Vaccination report Assam 1874-1896 - 1874-1896
Year: 1874
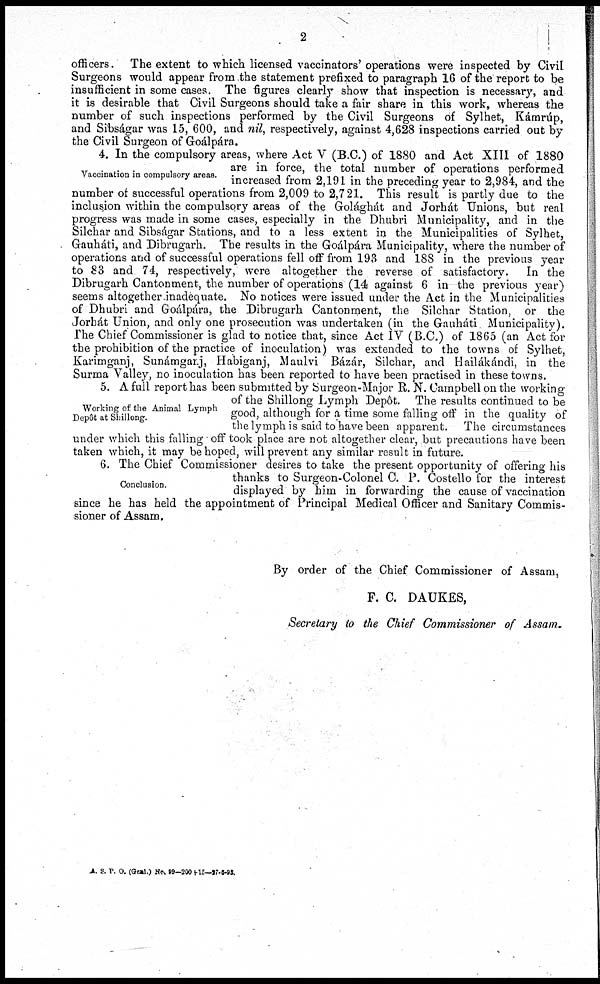
2
officers. The extent to which licensed vaccinators' operations were inspected by Civil
Surgeons would appear from the statement prefixed to paragraph 16 of the report to be
insufficient in some cases. The figures clearly show that inspection is necessary, and
it is desirable that Civil Surgeons should take a fair share in this work, whereas the
number of such inspections performed by the Civil Surgeons of Sylhet, Kámrúp,
and Sibságar was 15, 600, and nil, respectively, against 4,628 inspections carried out by
the Civil Surgeon of Goálpára.
Vaccination in compulsory areas.
4. In the compulsory areas, where Act V (B.C.) of 1880 and Act XIII of 1880
are in force, the total number of operations performed
increased from 2,191 in the preceding year to 2,984, and the
number of successful operations from 2,009 to 2,721. This result is partly due to the
inclusion within the compulsory areas of the Golághát and Jorhát Unions, but real
progress was made in some cases, especially in the Dhubri Municipality, and in the
Silchar and Sibságar Stations, and to a less extent in the Municipalities of Sylhet,
Gauháti, and Dibrugarh. The results in the Goálpára Municipality, where the number of
operations and of successful operations fell off from 193 and 188 in the previous year
to 83 and 74, respectively, were altogether the reverse of satisfactory. In the
Dibrugarh Cantonment, the number of operations (14 against 6 in the previous year)
seems altogether inadequate. No notices were issued under the Act in the Municipalities
of Dhubri and Goálpára, the Dibrugarh Cantonment, the Silchar Station, or the
Jorhát Union, and only one prosecution was undertaken (in the Gauháti Municipality).
The Chief Commissioner is glad to notice that, since Act IV (B.C.) of 1865 (an Act for
the prohibition of the practice of inoculation) was extended to the towns of Sylhet,
Karimganj, Sunámgarj, Habiganj, Maulvi Bázár, Silchar, and Hailákándi, in the
Surma Valley, no inoculation has been reported to have been practised in these towns.
Working of the Animal Lymph
Depôt at Shillong.
5. A full report has been submitted by Surgeon-Major R. N. Campbell on the working
of the Shillong Lymph Depôt. The results continued to be
good, although for a time some falling off in the quality of
the lymph is said to have been apparent. The circumstances
under which this falling off took place are not altogether clear, but precautions have been
taken which, it may be hoped, will prevent any similar result in future.
Conclusion.
6. The Chief Commissioner desires to take the present opportunity of offering his
thanks to Surgeon-Colonel C. P. Costello for the interest
displayed by him in forwarding the cause of vaccination
since he has held the appointment of Principal Medical Officer and Sanitary Commis-
sioner of Assam.
By order of the Chief Commissioner of Assam,
F. C. DAUKES,
Secretary to the Chief Commissioner of Assam.
A. S. V. O. (Geal.) No. 99-200 +15—27-6-93.